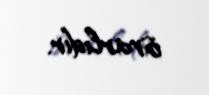
israrlıdır.